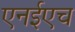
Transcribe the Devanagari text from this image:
एनईएच